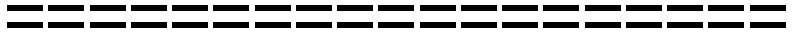
===================